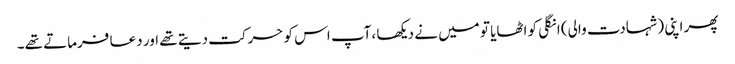
پھر اپنی (شہادت والی) انگلی کو اٹھایا تو میں نے دیکھا ،آپ اس کو حرکت دیتے تھے اور دعا فرماتے تھے۔